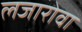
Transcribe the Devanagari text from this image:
लजारोवा